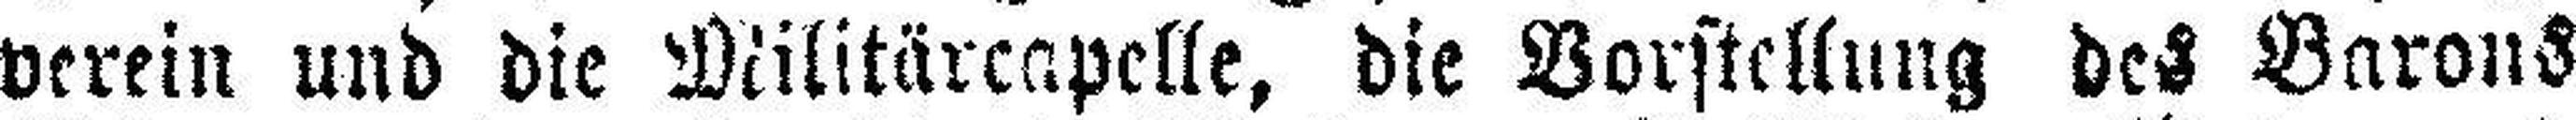
verein und die Militärcapelle, die Vorstellung des Barons